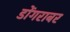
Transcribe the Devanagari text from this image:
डोंगराबर